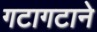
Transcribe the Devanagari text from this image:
गटागटाने